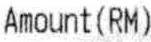
AMOUNT(RM)